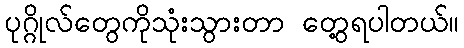
ပုဂ္ဂိုလ်တွေကိုသုံးသွားတာ တွေ့ရပါတယ်။